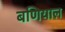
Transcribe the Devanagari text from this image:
बणियाल